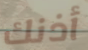
أذنك